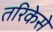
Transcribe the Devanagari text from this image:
तरिकेसे